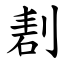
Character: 剨